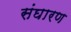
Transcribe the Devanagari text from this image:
संघारण